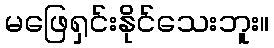
မဖြေရှင်းနိုင်သေးဘူး။